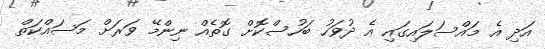
އަދި އެ މައްސަލައިގައި އެ ދުވަހު ބަހުސްކޮށް ގޮތެއް ނިންމޭ ވަރަށް މަސައްކަތް